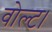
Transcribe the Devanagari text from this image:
वोल्ट।